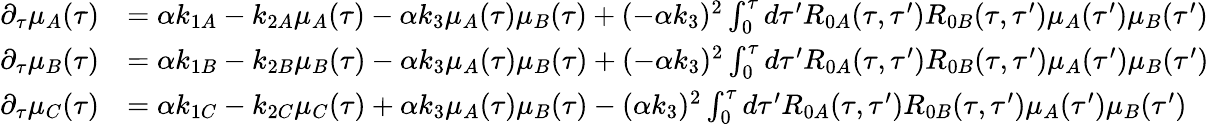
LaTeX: \begin{array}{rl}{\partial_{\tau}\mu_{A}(\tau)}&{=\alpha k_{1A}-k_{2A}\mu_{A}(\tau)-\alpha k_{3}\mu_{A}(\tau)\mu_{B}(\tau)+(-\alpha k_{3})^{2}\int_{0}^{\tau}d\tau^{\prime}R_{0A}(\tau,\tau^{\prime})R_{0B}(\tau,\tau^{\prime})\mu_{A}(\tau^{\prime})\mu_{B}(\tau^{\prime})}\\ {\partial_{\tau}\mu_{B}(\tau)}&{=\alpha k_{1B}-k_{2B}\mu_{B}(\tau)-\alpha k_{3}\mu_{A}(\tau)\mu_{B}(\tau)+(-\alpha k_{3})^{2}\int_{0}^{\tau}d\tau^{\prime}R_{0A}(\tau,\tau^{\prime})R_{0B}(\tau,\tau^{\prime})\mu_{A}(\tau^{\prime})\mu_{B}(\tau^{\prime})}\\ {\partial_{\tau}\mu_{C}(\tau)}&{=\alpha k_{1C}-k_{2C}\mu_{C}(\tau)+\alpha k_{3}\mu_{A}(\tau)\mu_{B}(\tau)-(\alpha k_{3})^{2}\int_{0}^{\tau}d\tau^{\prime}R_{0A}(\tau,\tau^{\prime})R_{0B}(\tau,\tau^{\prime})\mu_{A}(\tau^{\prime})\mu_{B}(\tau^{\prime})}\end{array}